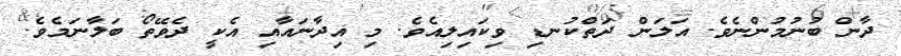
ދާން ބުނުމުންނެވެ. އަލަން ދަތްކުނޑި ވިކައިލިއެވެ. މި އިދާނައާއި އެކީ ދެވޭތޯ ބަލާނަމެވެ.